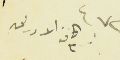
٤٧٢ مع كافة الاوراق